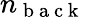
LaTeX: n_{\mathrm{~b~a~c~k~}}